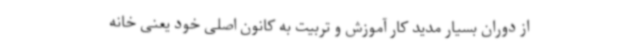
از دوران بسیار مدید کار آموزش و تربیت به کانون اصلی خود یعنی خانه